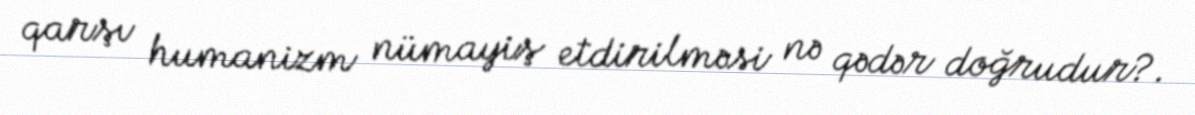
qarşı humanizm nümayiş etdirilməsi nə qədər doğrudur?.